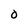
Character: O